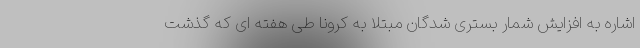
اشاره به افزایش شمار بستری شدگان مبتلا به کرونا طی هفته ای که گذشت